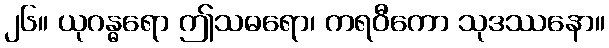
၂၆။ ယုဂန္ဓရော ဤသဓရော၊ ကရဝီကော သုဒဿနော။